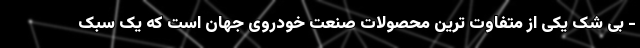
- بی شک یکی از متفاوت ترین محصولات صنعت خودروی جهان است که یک سبک